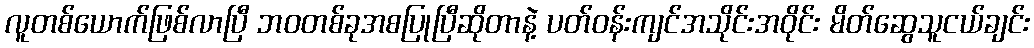
လူတစ်ယောက်ဖြစ်လာပြီ ဘဝတစ်ခုအစပြုပြီဆိုတာနဲ့ ပတ်ဝန်းကျင်အသိုင်းအဝိုင်း မိတ်ဆွေသူငယ်ချင်း